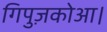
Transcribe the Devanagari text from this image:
गिपुज़कोआ।